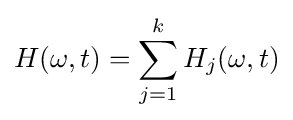
H(\omega ,t)=\sum _{j=1}^{k}H_{j}(\omega ,t)